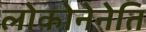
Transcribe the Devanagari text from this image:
लोकोनेनेति